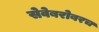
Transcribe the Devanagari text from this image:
सेवेबरोबरच